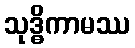
သုဒ္ဓိကာမဿ